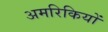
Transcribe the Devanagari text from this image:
अमरिकियों